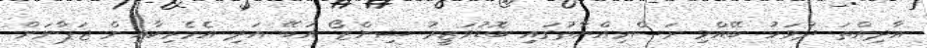
އާދިއްތަ ދުވަހު ބޭއްވި ރަސްމިއްޔާތުގައި ބޮޑުވަޒީރު ޝިންޒޯ އަބޭ އަދި އެމެރިކާއިން ޖަޕާނަށް